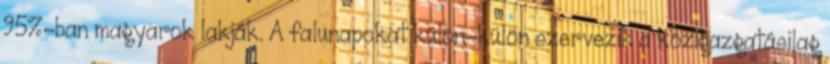
95%-ban magyarok lakják. A falunapokat külön-külön szervezik a közigazgatásilag